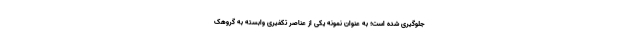
جلوگیری شده است؛ به عنوان نمونه یکی از عناصر تکفیری وابسته به گروهک